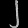
Digit: ၂